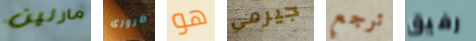
مارلين ضرورى هو جيرمى ترجع رفيق